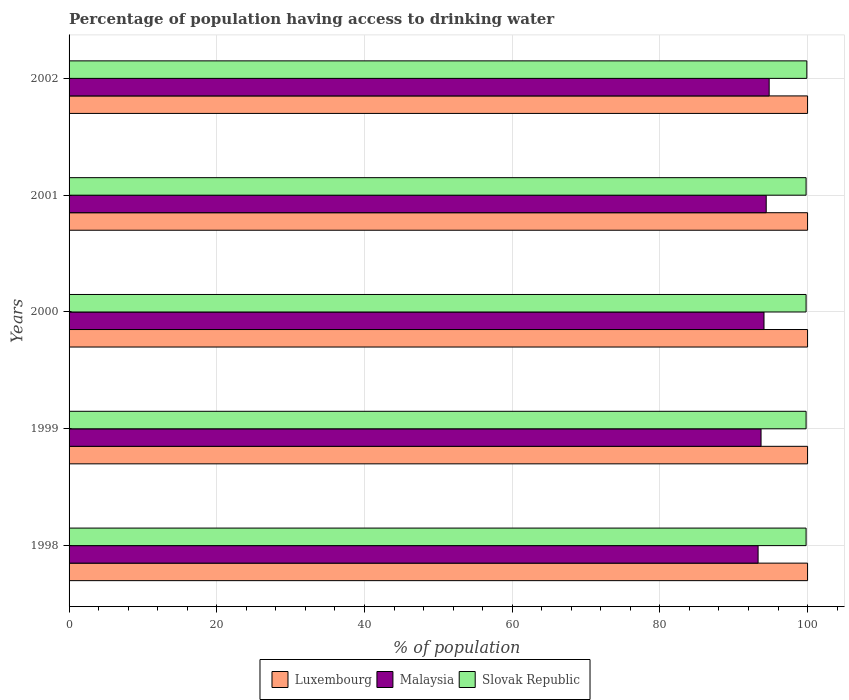
| Years | Luxembourg | Malaysia | Slovak Republic |
 | --- | --- | --- | --- |
 | 1998 | 100 | 93.3 | 99.8 |
 | 1999 | 100 | 93.7 | 99.8 |
 | 2000 | 100 | 94.1 | 99.8 |
 | 2001 | 100 | 94.4 | 99.8 |
 | 2002 | 100 | 94.8 | 99.9 |